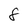
Character: 8